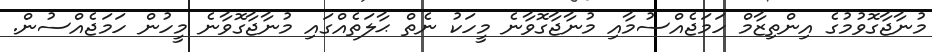
މުނާޖާގޮވުމުގެ އިންތިޒާމް ހަމަޖެއްސުމާއި މުނާޖާގޮވާނެ މީހަކު ނެތް ޙާލަތެއްގައި މުނާޖާގޮވާނެ މީހުން ހަމަޖެއްސުން.